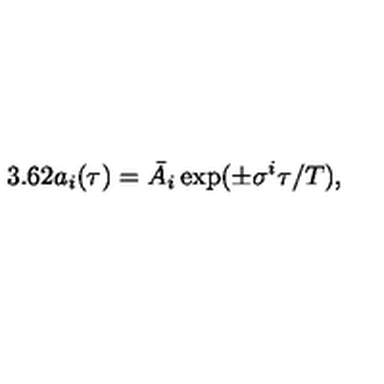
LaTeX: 3 . 6 2 { a _ { i } } ( \tau ) = \bar { A } _ { i } \exp ( \pm \sigma ^ { i } \tau / T ) ,